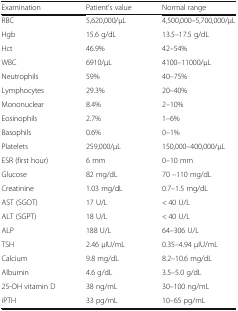
<table><thead><tr><td><b>Examination</b></td><td><b>Patient’s value</b></td><td><b>Normal range</b></td></tr></thead><tbody><tr><td>RBC</td><td>5,620,000/μL</td><td>4,500,000–5,700,000/μL</td></tr><tr><td>Hgb</td><td>15.6 g/dL</td><td>13.5–17.5 g/dL</td></tr><tr><td>Hct</td><td>46.9%</td><td>42–54%</td></tr><tr><td>WBC</td><td>6910/μL</td><td>4100–11000/μL</td></tr><tr><td>Neutrophils</td><td>59%</td><td>40–75%</td></tr><tr><td>Lymphocytes</td><td>29.3%</td><td>20–40%</td></tr><tr><td>Mononuclear</td><td>8.4%</td><td>2–10%</td></tr><tr><td>Eosinophils</td><td>2.7%</td><td>1–6%</td></tr><tr><td>Basophils</td><td>0.6%</td><td>0–1%</td></tr><tr><td>Platelets</td><td>259,000/μL</td><td>150,000–400,000/μL</td></tr><tr><td>ESR (first hour)</td><td>6 mm</td><td>0–10 mm</td></tr><tr><td>Glucose</td><td>82 mg/dL</td><td>70 –110 mg/dL</td></tr><tr><td>Creatinine</td><td>1.03 mg/dL</td><td>0.7–1.5 mg/dL</td></tr><tr><td>AST (SGOT)</td><td>17 U/L</td><td>&lt; 40 U/L</td></tr><tr><td>ALT (SGPT)</td><td>18 U/L</td><td>&lt; 40 U/L</td></tr><tr><td>ALP</td><td>188 U/L</td><td>64–306 U/L</td></tr><tr><td>TSH</td><td>2.46 μIU/mL</td><td>0.35–4.94 μIU/mL</td></tr><tr><td>Calcium</td><td>9.8 mg/dL</td><td>8.2–10.6 mg/dL</td></tr><tr><td>Albumin</td><td>4.6 g/dL</td><td>3.5–5.0 g/dL</td></tr><tr><td>25-OH vitamin D</td><td>38 ng/mL</td><td>30–100 ng/mL</td></tr><tr><td>iPTH</td><td>33 pg/mL</td><td>10–65 pg/mL</td></tr></tbody></table>